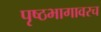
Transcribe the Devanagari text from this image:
पृष्ठभागावरच